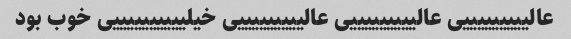
عالیییییییییی عالیییییییییی عالیییییییییی خیلییییییییییی خوب بود